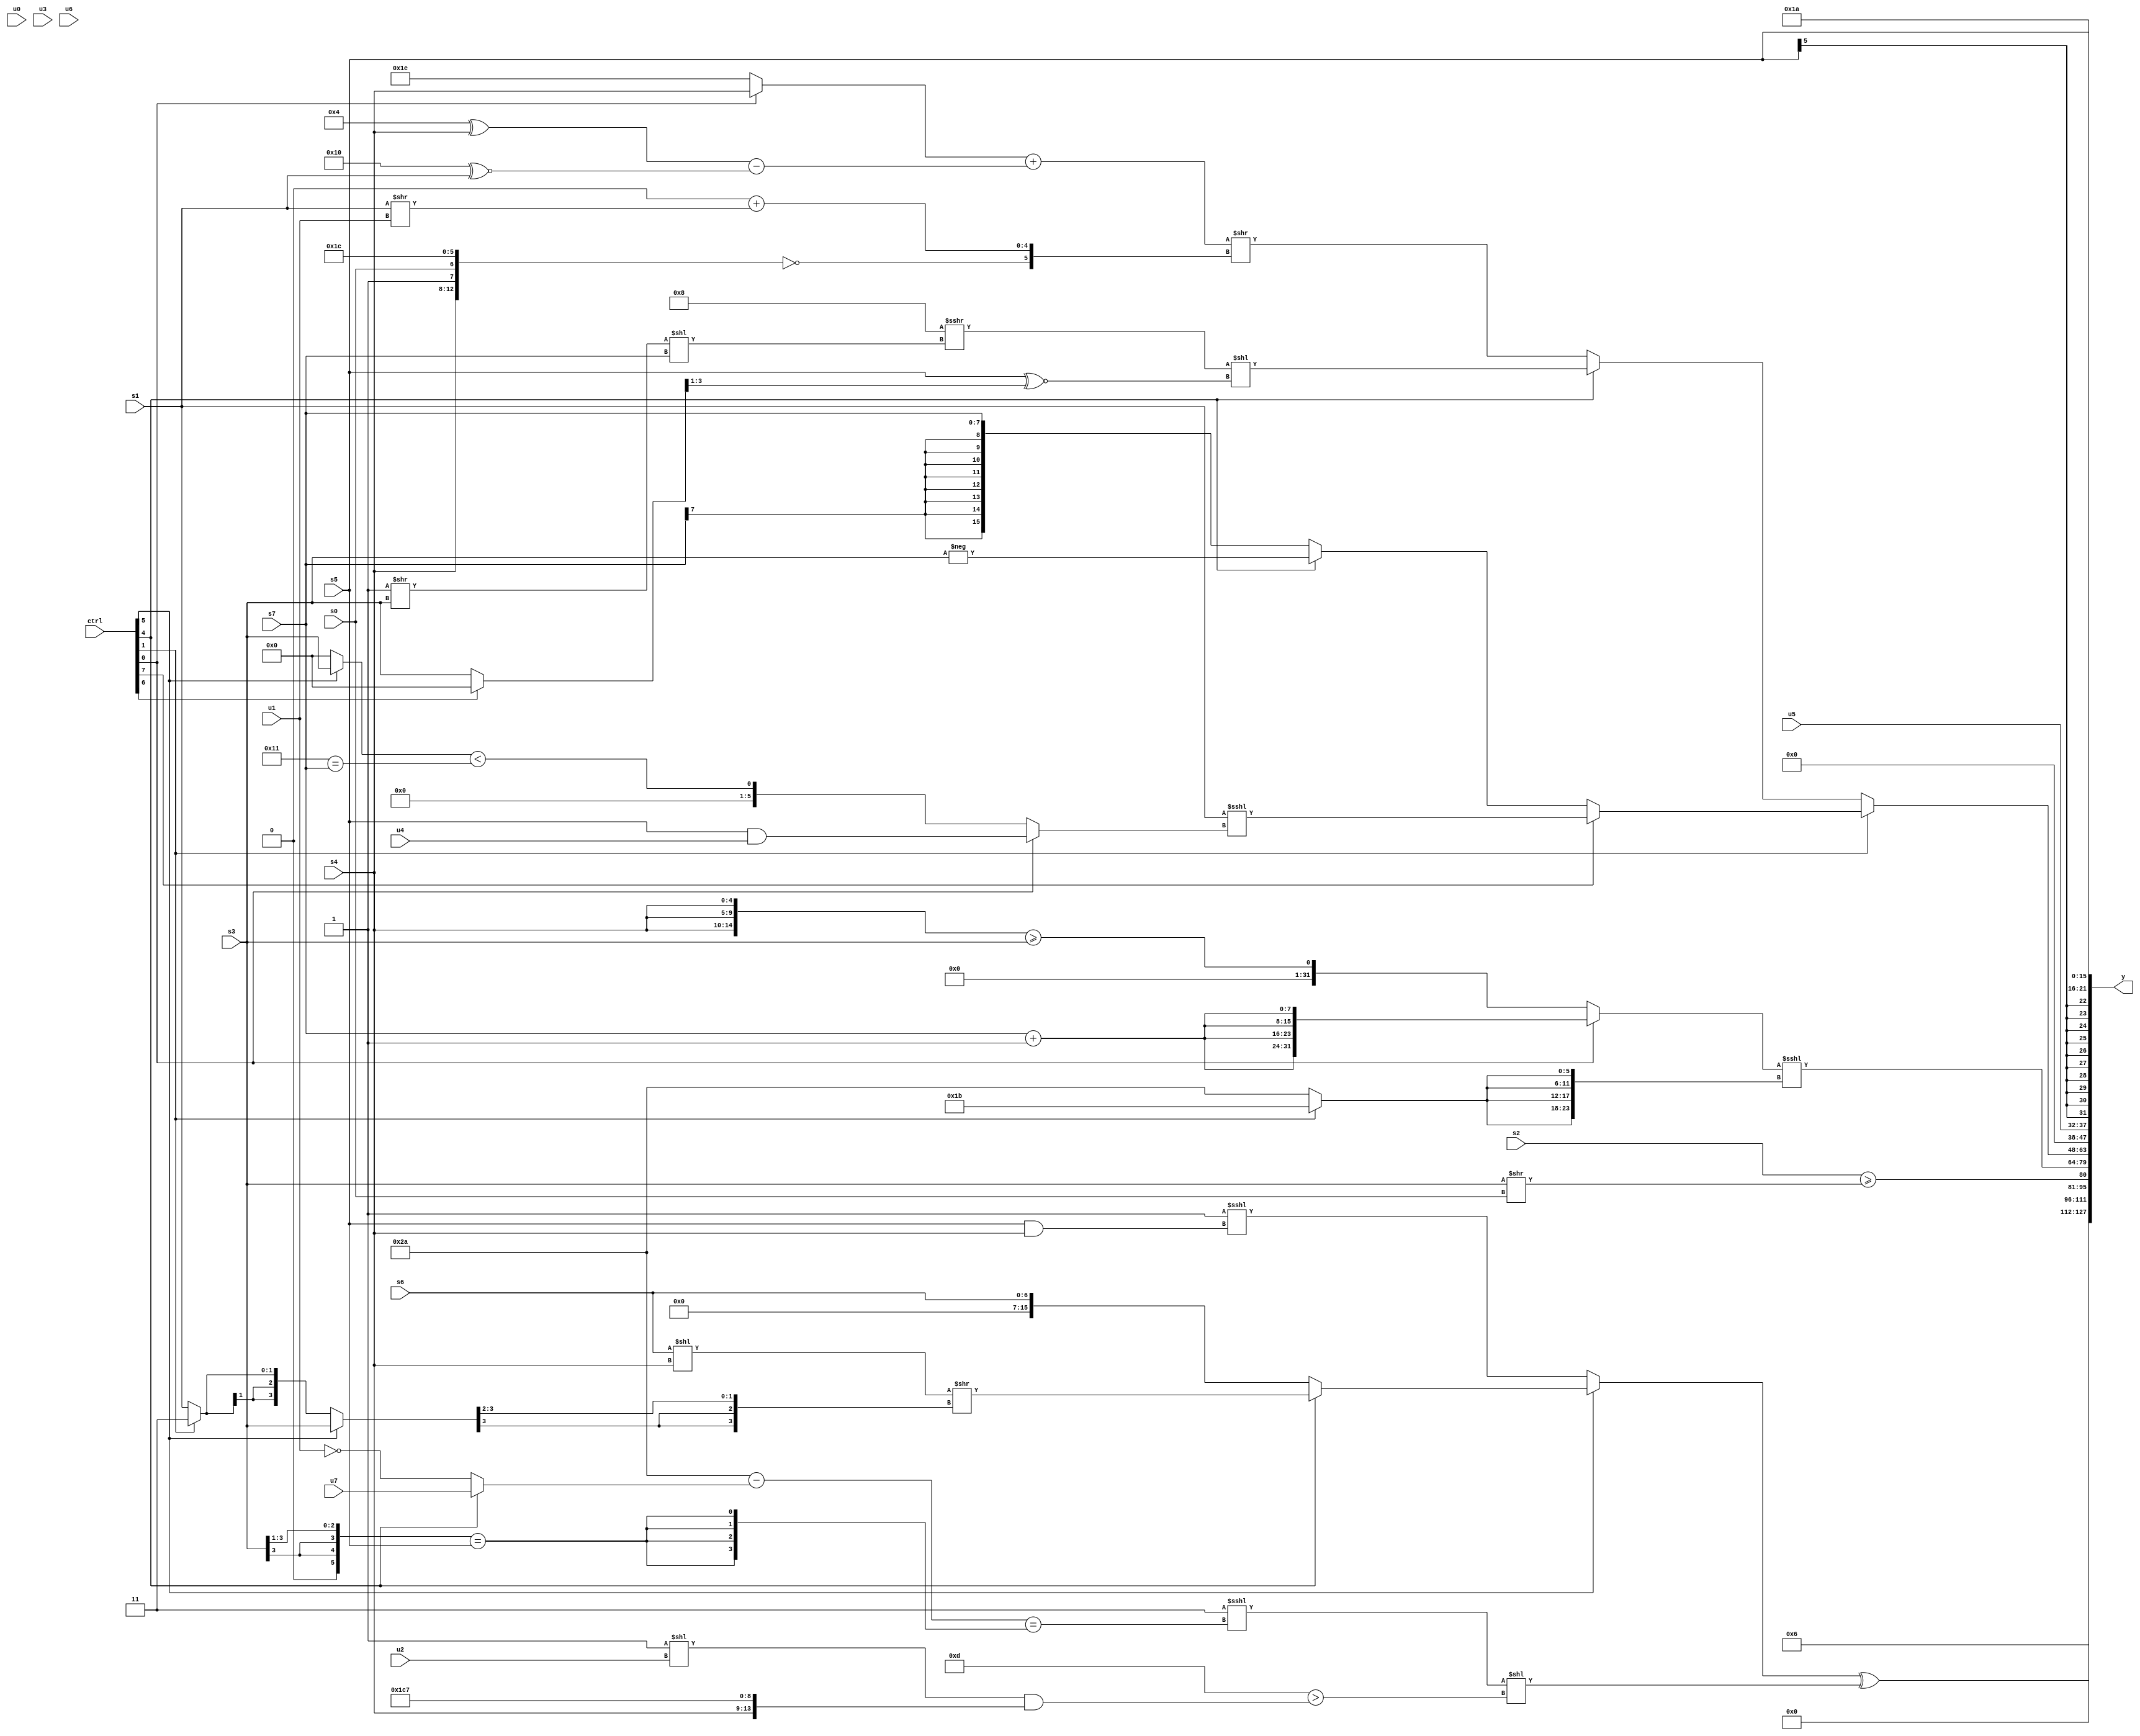
module wideexpr_00239(ctrl, u0, u1, u2, u3, u4, u5, u6, u7, s0, s1, s2, s3, s4, s5, s6, s7, y);
  input [7:0] ctrl;
  input [0:0] u0;
  input [1:0] u1;
  input [2:0] u2;
  input [3:0] u3;
  input [4:0] u4;
  input [5:0] u5;
  input [6:0] u6;
  input [7:0] u7;
  input signed [0:0] s0;
  input signed [1:0] s1;
  input signed [2:0] s2;
  input signed [3:0] s3;
  input signed [4:0] s4;
  input signed [5:0] s5;
  input signed [6:0] s6;
  input signed [7:0] s7;
  output [127:0] y;
  wire [15:0] y0;
  wire [15:0] y1;
  wire [15:0] y2;
  wire [15:0] y3;
  wire [15:0] y4;
  wire [15:0] y5;
  wire [15:0] y6;
  wire [15:0] y7;
  assign y = {y0,y1,y2,y3,y4,y5,y6,y7};
  assign y0 = 4'sb0110;
  assign y1 = ((ctrl[5]?(ctrl[4]?((s6)<<(s4))>>(((ctrl[5]?+(s3):(ctrl[1]?2'sb11:s1)))>>>($signed((3'sb010)>>>(1'sb0)))):s6):(-(-($unsigned(+(1'b1)))))<<<($unsigned($signed($unsigned((s5)&(s4)))))))^(((2'sb11)<<<((({3{2'sb10}})-((ctrl[4]?u7:~(u1))))==({4{((s3)>>(1'sb1))==(s5)}})))<<((4'sb1101)>(+($unsigned(((2'b01)<<(u2))&({s4,6'sb111000,3'b111}))))));
  assign y2 = {$signed((s2)>=($signed((s3)>>(s0))))};
  assign y3 = ((ctrl[0]?{{4{(s7)+((1'sb0)^(3'sb111))}}}:({3{s4}})>=(s3)))<<<($signed({4{(ctrl[1]?6'sb011011:6'sb101010)}}));
  assign y4 = (ctrl[1]?(ctrl[7]?(s1)<<<((ctrl[0]?$unsigned((s5)&(u4)):((ctrl[5]?s3:1'sb0))<((6'sb010001)==(s7)))):(ctrl[4]?-(s3):s7)):(ctrl[4]?((4'sb1000)>>>(((3'sb111)>>(s3))<<({s7})))<<((s5)^~(((ctrl[6]?1'sb0:s3))>>>((1'sb1)>=(4'sb1100)))):(((ctrl[0]?s4:2'sb10))+(((5'sb00100)^(s4))-((6'sb010000)^~(s1))))>>({!({s4,1'sb1,s0,6'b011100}),(5'sb00000)+((s1)>>(u1))})));
  assign y5 = u5;
  assign y6 = s5;
  assign y7 = 5'b11010;
endmodule